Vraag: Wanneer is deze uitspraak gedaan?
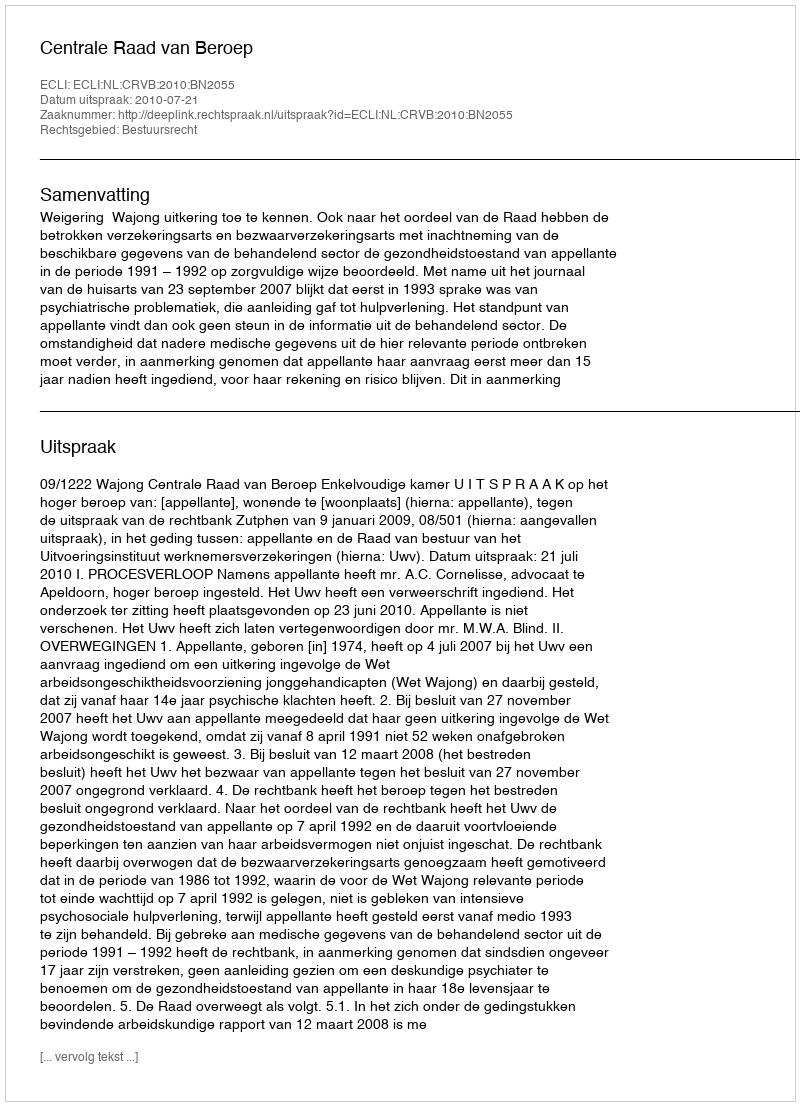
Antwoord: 2010-07-21